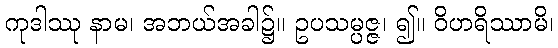
ကုဒါဿု နာမ၊ အဘယ်အခါ၌။ ဥပသမ္ပဇ္ဇ၊ ၍။ ဝိဟရိဿာမိ၊